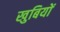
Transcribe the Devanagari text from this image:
खुबियों